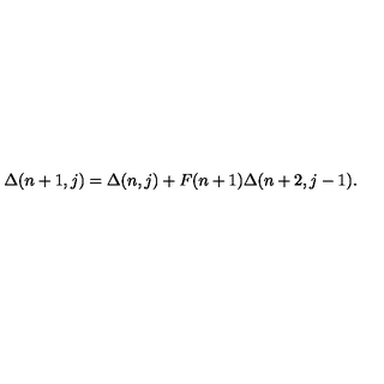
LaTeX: \Delta ( n + 1 , j ) = \Delta ( n , j ) + F ( n + 1 ) \Delta ( n + 2 , j - 1 ) .